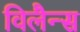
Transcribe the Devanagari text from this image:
विलैन्स